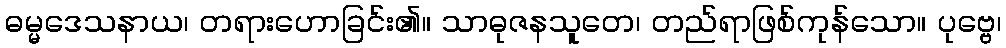
ဓမ္မဒေသနာယ၊ တရားဟောခြင်း၏။ သာဓုဇနသူတေ၊ တည်ရာဖြစ်ကုန်သော။ ပုဗ္ဗေ၊